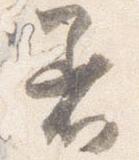
着